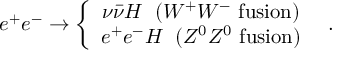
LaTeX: e ^ { + } e ^ { - } \to \left\{ \begin{array} { c } { { \nu \bar { \nu } H \; \; ( W ^ { + } W ^ { - } \mathrm { ~ f u s i o n } ) } } \\ { { e ^ { + } e ^ { - } H \; \; ( Z ^ { 0 } Z ^ { 0 } \mathrm { ~ f u s i o n } ) } } \end{array} \right. \; \; .